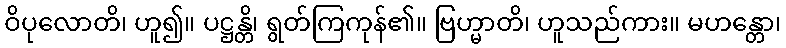
ဝိပုလောတိ၊ ဟူ၍။ ပဋ္ဌန္တိ၊ ရွတ်ကြကုန်၏။ ဗြဟ္မာတိ၊ ဟူသည်ကား။ မဟန္တော၊